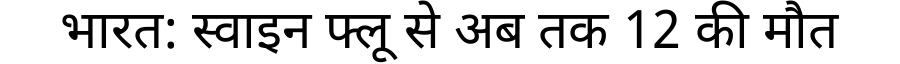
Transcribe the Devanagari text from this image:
भारत: स्वाइन फ्लू से अब तक 12 की मौत